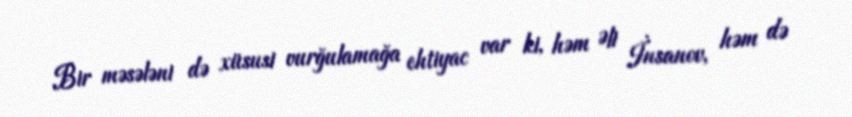
Bir məsələni də xüsusi vurğulamağa ehtiyac var ki, həm Əli İnsanov, həm də